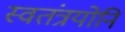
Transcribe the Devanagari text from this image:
स्वतंत्रयोनि